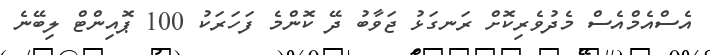
އެސްއެމްއެސް މެދުވެރިކޮށް ރަނގަޅު ޖަވާބު ދޭ ކޮންމެ ފަހަރަކު 100 ޕޮއިންޓް ލިބޭނެ